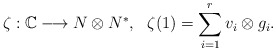
\begin{align*} \zeta:\Bbb C\longrightarrow N\otimes N^*,\ \ \zeta(1)=\sum_{i=1}^r v_i\otimes g_i. \end{align*}